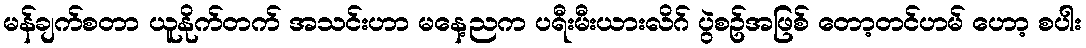
မန်ချက်စတာ ယူနိုက်တက် အသင်းဟာ မနေ့ညက ပရီးမီးယားလိဂ် ပွဲစဥ်အဖြစ် တော့တင်ဟမ် ဟော့ စပါး